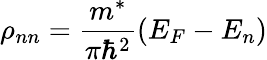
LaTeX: {\rho}_{nn}=\frac{m^{*}}{\pi{\hbar}^{2}}\left(E_{F}-E_{n}\right)